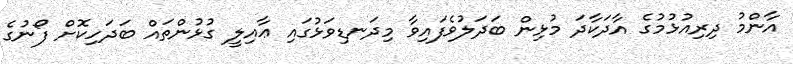
އާންމު ދިރިއުޅުމުގެ އާދަކާދަ މުޅިން ބަދަލުވެފައިވާ މިދަނޑިވަޅުގައި ޢާއިލީ ގުޅުންތައް ބަދަހިކޮށް ފޯނުގެ